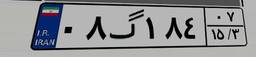
۳۳گ۵۲۷۳۸